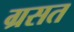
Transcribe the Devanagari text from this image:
ग्रसत